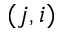
( j , i )